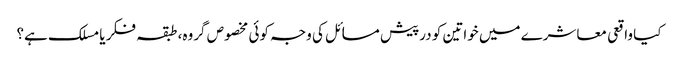
کیا واقعی معاشرے میں خواتین کو درپیش مسائل کی وجہ کوئی مخصوص گروہ، طبقہ فکر یا مسلک ہے؟